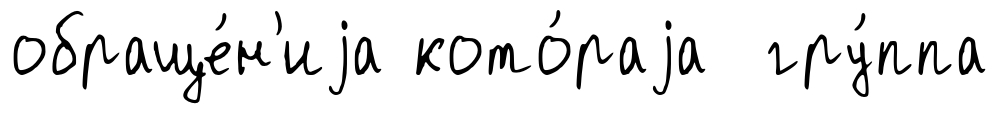
обраще́н'иjа кото́раjа гру́ппа